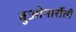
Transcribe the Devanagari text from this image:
बुओनार्रोती